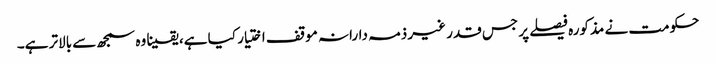
حکومت نے مذکورہ فیصلے پر جس قدر غیر ذمہ دارانہ موقف اختیار کیا ہے، یقینا وہ سمجھ سے بالاتر ہے۔